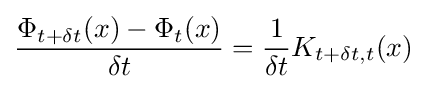
{\frac {\Phi _{t+\delta {t}}(x)-\Phi _{t}(x)}{\delta {t}}}={\frac {1}{\delta {t}}}K_{t+\delta {t},t}(x)